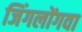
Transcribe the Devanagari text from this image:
जिंगलोंगवा